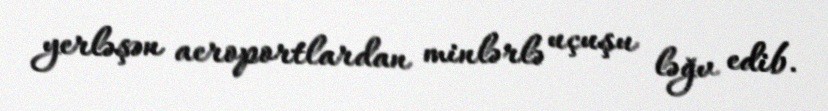
yerləşən aeroportlardan minlərlə uçuşu ləğv edib.